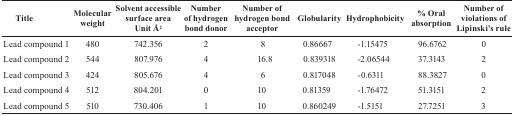
| Title | Molecular weight | Solvent accessible surface area Unit Å2 | Number of hydrogen bond donor | Number of hydrogen bond acceptor | Globularity | Hydrophobicity | % Oral absorption | Number of violations of Lipinski’s rule |
 | --- | --- | --- | --- | --- | --- | --- | --- | --- |
 | Lead compound 1 | 480 | 742.356 | 2 | 8 | 0.86667 | -1.15475 | 96.6762 | 0 |
 | Lead compound 2 | 544 | 807.976 | 4 | 16.8 | 0.839318 | -2.06544 | 37.3143 | 2 |
 | Lead compound 3 | 424 | 805.676 | 4 | 6 | 0.817048 | -0.6311 | 88.3827 | 0 |
 | Lead compound 4 | 512 | 804.201 | 0 | 10 | 0.81359 | -1.76472 | 51.3151 | 2 |
 | Lead compound 5 | 510 | 730.406 | 1 | 10 | 0.860249 | -1.5151 | 27.7251 | 3 |